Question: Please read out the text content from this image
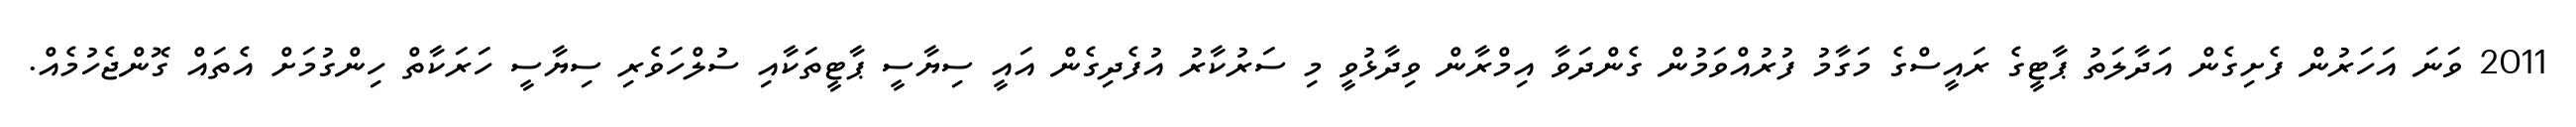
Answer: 2011 ވަނަ އަހަރުން ފެށިގެން އަދާލަތު ޕާޓީގެ ރައީސްގެ މަގާމު ފުރުއްވަމުން ގެންދަވާ އިމްރާން ވިދާޅުވީ މި ސަރުކާރު އުފެދިގެން އައީ ސިޔާސީ ޕާޓީތަކާއި ސުލްހަވެރި ސިޔާސީ ހަރަކާތް ހިންގުމަށް އެތައް ގޮންޖެހުމެއް.